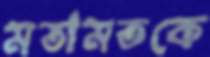
মতামতকে